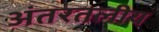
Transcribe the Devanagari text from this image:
अंतरतलीय